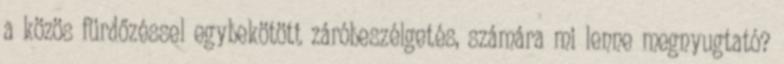
a közös fürdőzéssel egybekötött záróbeszélgetés, számára mi lenne megnyugtató?